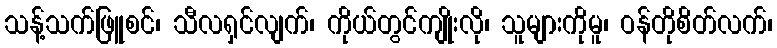
သန့်သက်ဖြူစင်၊ သီလရှင်လျက်၊ ကိုယ်တွင်ကျိုးလို၊ သူများကိုမူ၊ ဝန်တိုစိတ်လက်၊